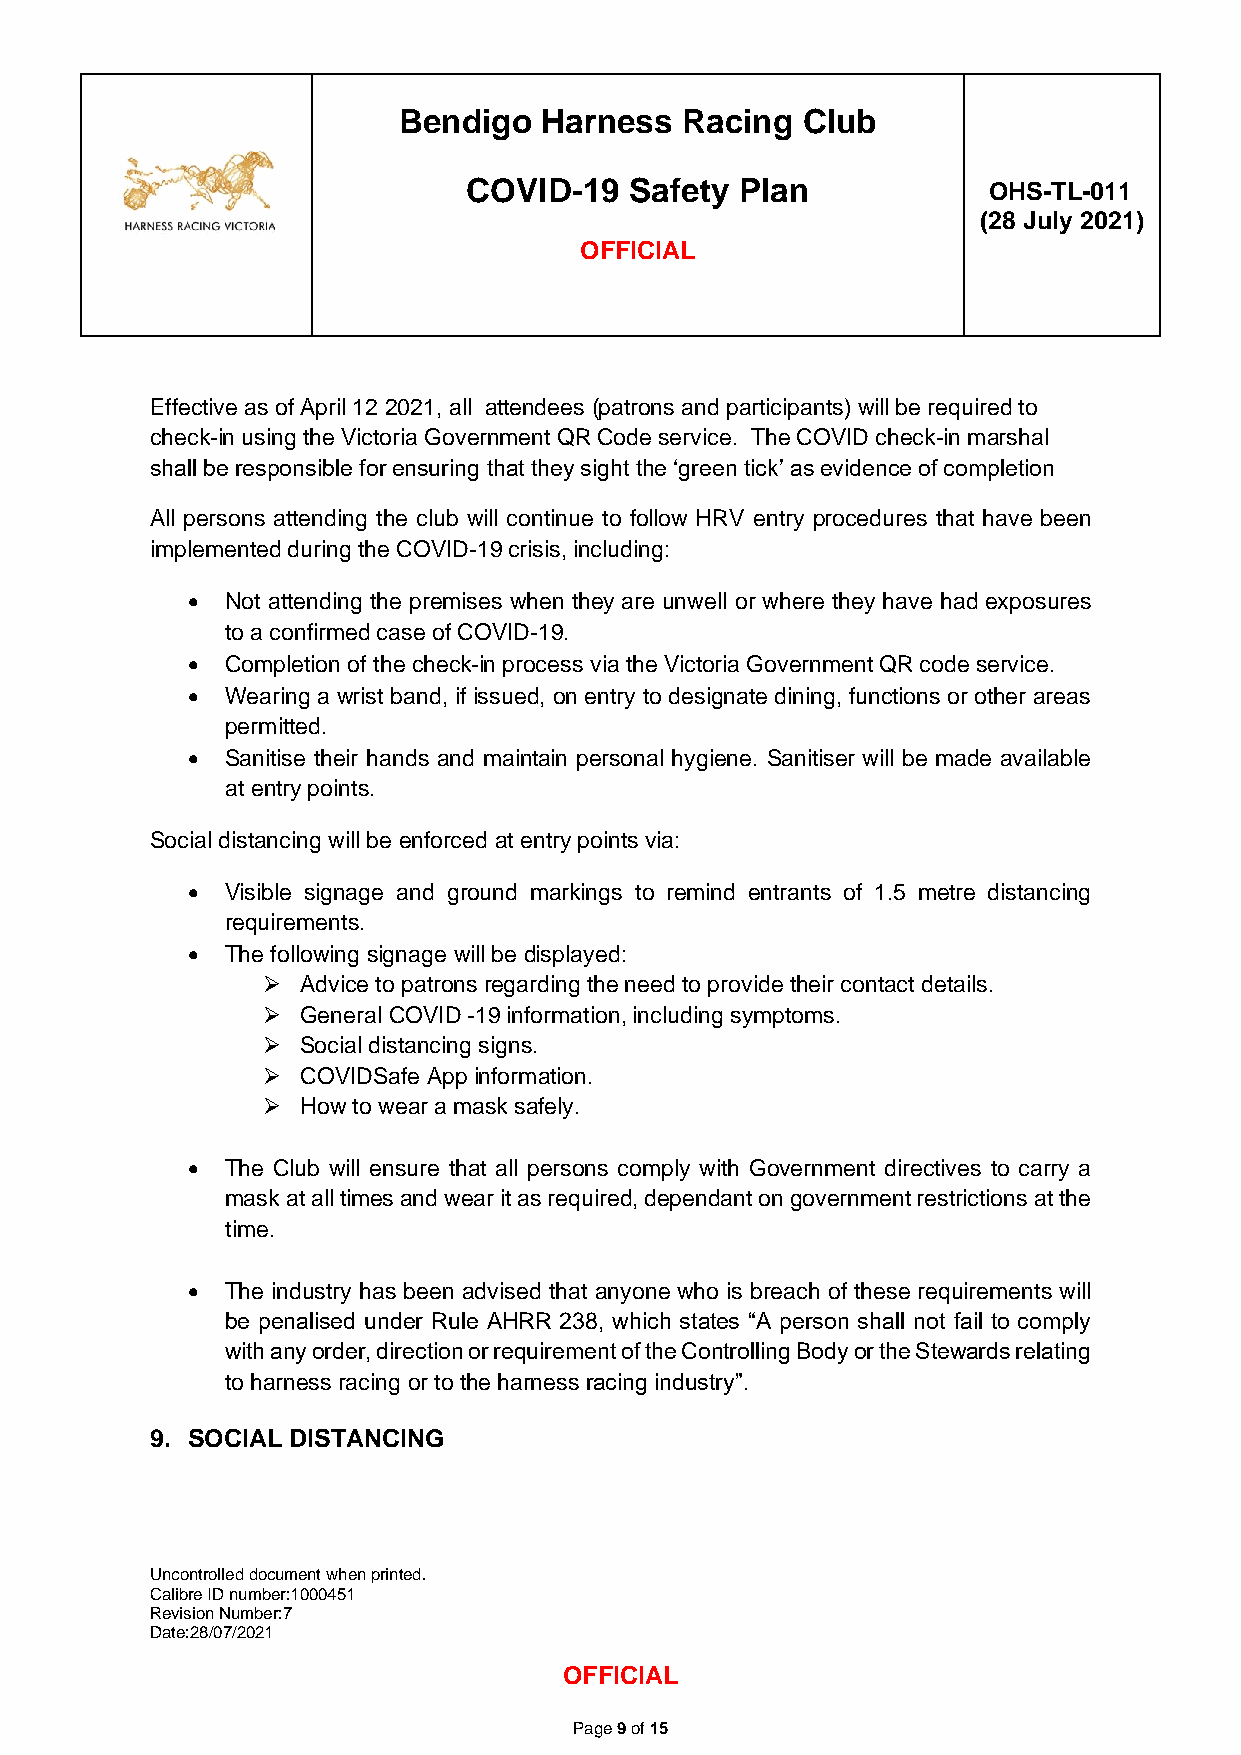
Bendigo   Harness  Racing  Club
 COVID-19   Safety Plan            OHS-TL-011
 (28 July 2021)
 OFFICIAL
 Effective as of April 12 2021, all attendees (patrons and participants) will be required to
 check-in using the Victoria Government QR Code service. The COVID check-in marshal
 shall be responsible for ensuring that they sight the ‘green tick’ as evidence of completion
 All persons attending the club will continue to follow HRV entry procedures that have been
 implemented during the COVID-19 crisis, including:
 •  Not attending the premises when they are unwell or where they have had exposures
 to a confirmed case of COVID-19.
 •  Completion of the check-in process via the Victoria Government QR code service.
 •  Wearing a wrist band, if issued, on entry to designate dining, functions or other areas
 permitted.
 •  Sanitise their hands and maintain personal hygiene. Sanitiser will be made available
 at entry points.
 Social distancing will be enforced at entry points via:
 •  Visible signage and ground markings to remind entrants of 1.5 metre distancing
 requirements.
 •  The following signage will be displayed:
 ➢  Advice to patrons regarding the need to provide their contact details.
 ➢  General COVID -19 information, including symptoms.
 ➢  Social distancing signs.
 ➢  COVIDSafe App information.
 ➢  How to wear a mask safely.
 •  The Club will ensure that all persons comply with Government directives to carry a
 mask at all times and wear it as required, dependant on government restrictions at the
 time.
 •  The industry has been advised that anyone who is breach of these requirements will
 be penalised under Rule AHRR 238, which states “A person shall not fail to comply
 with any order, direction or requirement of the Controlling Body or the Stewards relating
 to harness racing or to the harness racing industry”.
 9. SOCIAL DISTANCING
 Uncontrolled document when printed.
 Calibre ID number:1000451
 Revision Number:7
 Date:28/07/2021
 OFFICIAL
 Page 9 of 15